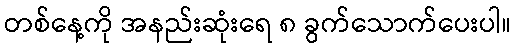
တစ်နေ့ကို အနည်းဆုံးရေ ၈ ခွက်သောက်ပေးပါ။